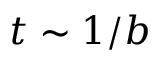
t \sim 1 / b